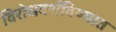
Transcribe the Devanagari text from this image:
विरोधदर्शविण्यात